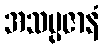
အသမ္ပဇာနံ